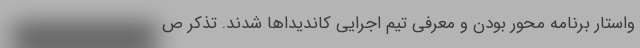
واستار برنامه محور بودن و معرفی تیم اجرایی کاندیداها شدند. تذکر ص